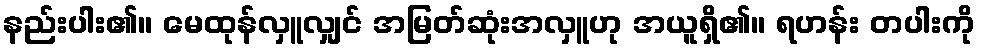
နည်းပါး၏။ မေထုန်လှူလျှင် အမြတ်ဆုံးအလှူဟု အယူရှိ၏။ ရဟန်း တပါးကို